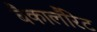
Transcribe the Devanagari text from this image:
बैकालौरेट